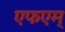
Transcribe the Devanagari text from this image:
एफएम्